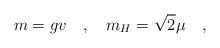
LaTeX: \begin{align*}m=gv \quad , \quad m_H=\sqrt{2} \mu \quad ,\end{align*}